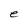
Character: e